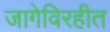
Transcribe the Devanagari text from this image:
जागेविरहीत